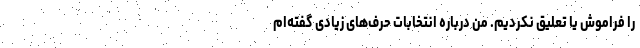
را فراموش یا تعلیق نکردیم. من درباره انتخابات حرف‌های زیادی گفته‌ام